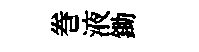
巻液鋤